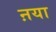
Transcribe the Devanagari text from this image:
ऩया